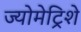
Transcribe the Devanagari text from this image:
ज्योमेट्रिशे